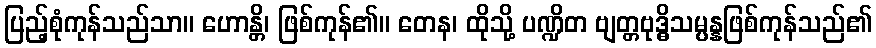
ပြည့်စုံကုန်သည်သာ။ ဟောန္တိ၊ ဖြစ်ကုန်၏။ တေန၊ ထိုသို့ ပဏ္ဍိတ ဗျတ္တဗုဒ္ဓိသမ္ပန္နဖြစ်ကုန်သည်၏